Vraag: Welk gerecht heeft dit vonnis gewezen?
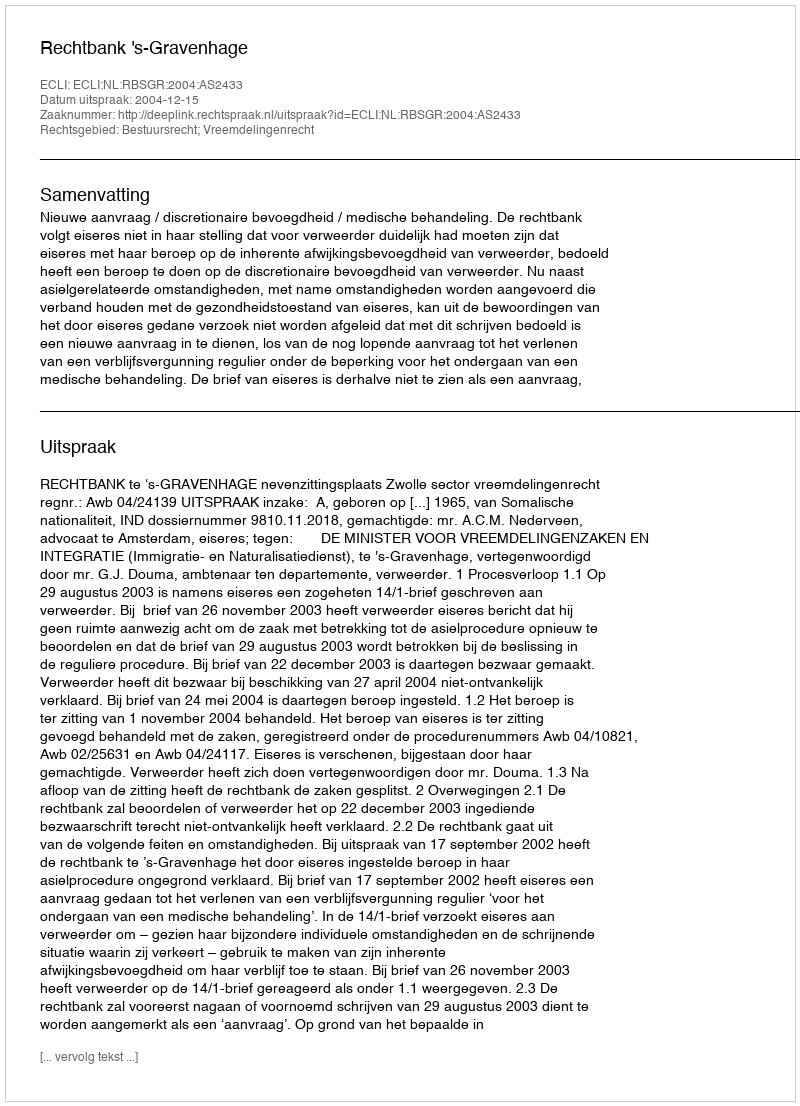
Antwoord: Rechtbank 's-Gravenhage